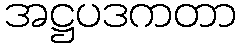
အဋ္ဌပဒကတာ